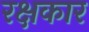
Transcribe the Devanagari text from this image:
रक्षकार